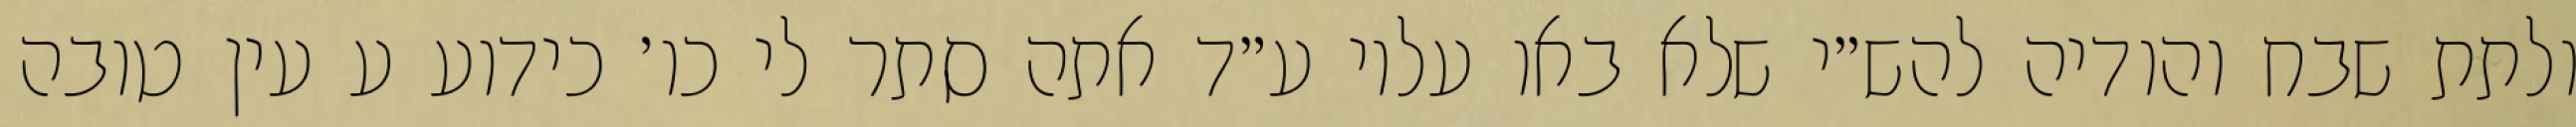
ולתת שבח והודיה להש״י שלא באו עליו ע״ד אתה סתר לי כו׳ כידוע ע עין טובה